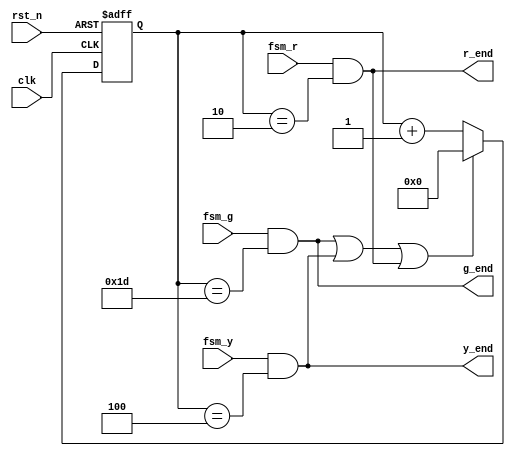
module time_counter(clk, rst_n, g_end, y_end, r_end, fsm_g, fsm_y, fsm_r);
	//input
	input clk;
	input rst_n;
	input fsm_g;
	input fsm_y;
	input fsm_r;
	output wire g_end;
	output wire y_end;
	output wire r_end;

parameter GREEN_TIME = 29;
parameter YELLOW_TIME = 4;
parameter RED_TIME = 2;

reg [7:0] clk_counter;
wire clr_counter;
// resgister
always @(posedge clk or negedge rst_n)
begin
	if(~rst_n)
		clk_counter[7:0] <= 8'd0;
	else if(clr_counter)
		clk_counter[7:0] <= 8'd0;
	else
		clk_counter[7:0] <= clk_counter[7:0] + 1'b1;
end
assign g_end = fsm_g & (clk_counter[7:0] == GREEN_TIME);
assign y_end = fsm_y & (clk_counter[7:0] == YELLOW_TIME);
assign r_end = fsm_r & (clk_counter[7:0] == RED_TIME);
//
assign clr_counter =  g_end | y_end | r_end;
endmodule